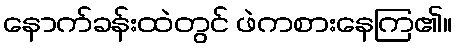
နောက်ခန်းထဲတွင် ဖဲကစားနေကြ၏။